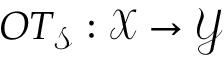
O T _ { \mathcal { S } } : \mathcal { X } \rightarrow \mathcal { Y }